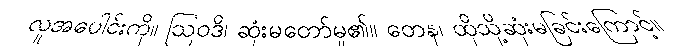
လူအပေါင်းကို။ ဩဝဒိ၊ ဆုံးမတော်မူ၏။ တေန၊ ထိုသို့ဆုံးမခြင်းကြောင့်။